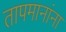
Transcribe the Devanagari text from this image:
तापमानांना